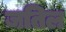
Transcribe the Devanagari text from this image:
जतिल